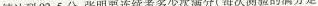
绩达到92.5分，张明要连续考多少次满分(每次测验的满分是